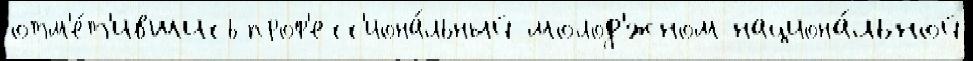
отм'е́т'ившись проф'есс'иона́льный молод'́жном национа́льной